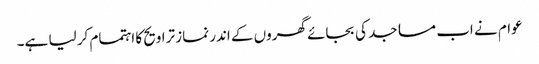
عوام نے اب مساجد کی بجائے گھروں کے اندر نماز تراویح کا اہتمام کر لیا ہے۔